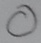
Text: O